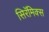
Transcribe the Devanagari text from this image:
सिरॅमिक्स